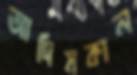
আদিমকাল